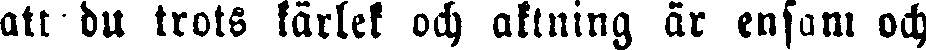
att du trots kärlek och aktning är ensam och